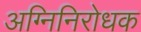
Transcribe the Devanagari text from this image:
अग्निनिरोधक